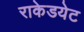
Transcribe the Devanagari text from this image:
राकेडयेट